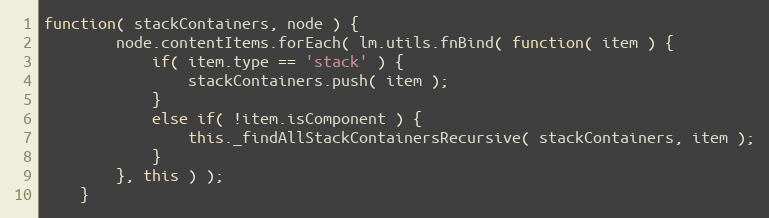
Language: JavaScript
function( stackContainers, node ) {
		node.contentItems.forEach( lm.utils.fnBind( function( item ) {
			if( item.type == 'stack' ) {
				stackContainers.push( item );
			}
			else if( !item.isComponent ) {
				this._findAllStackContainersRecursive( stackContainers, item );
			}
		}, this ) );
	}